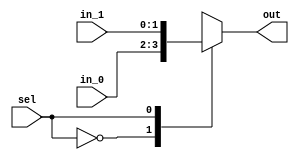
/*
 * Generated by Digital. Don't modify this file!
 * Any changes will be lost if this file is regenerated.
 */

module Mux_2x1_NBits #(
    parameter Bits = 2
)
(
    input [0:0] sel,
    input [(Bits - 1):0] in_0,
    input [(Bits - 1):0] in_1,
    output reg [(Bits - 1):0] out
);
    always @ (*) begin
        case (sel)
            1'h0: out = in_0;
            1'h1: out = in_1;
            default:
                out = 'h0;
        endcase
    end
endmodule


module DIG_Register_BUS #(
    parameter Bits = 1
)
(
    input C,
    input en,
    input [(Bits - 1):0]D,
    output [(Bits - 1):0]Q
);

    reg [(Bits - 1):0] state = 'h0;

    assign Q = state;

    always @ (posedge C) begin
        if (en)
            state <= D;
   end
endmodule
module DIG_Add
#(
    parameter Bits = 1
)
(
    input [(Bits-1):0] a,
    input [(Bits-1):0] b,
    input c_i,
    output [(Bits - 1):0] s,
    output c_o
);
   wire [Bits:0] temp;

   assign temp = a + b + c_i;
   assign s = temp [(Bits-1):0];
   assign c_o = temp[Bits];
endmodule


module pcdecoder(
    input [31:0] vpc,
    output reg[9:0] ppc,
    output reg invpc
);

parameter [31:0] startp=32'h400000 ;
parameter [31:0] endp=32'h401000 ;

always @(*)
begin
    if(vpc>=startp 
    & vpc<endp)begin
            ppc = vpc - startp;
	    invpc = 1'b0;
    end else begin
        invpc = 1'b1;
        ppc = 7'dx;
    end
end
endmodule
module shift(
	input [9:0] in,
	output [9:0] out
);

assign out = in >> 2;

endmodule
module DIG_ROM_1024X32 (
    input [9:0] A,
    input sel,
    output reg [31:0] D
);
    reg [31:0] my_rom [0:6];

    always @ (*) begin
        if (~sel)
            D = 32'hz;
        else if (A > 10'h6)
            D = 32'h0;
        else
            D = my_rom[A];
    end

    initial begin
        my_rom[0] = 32'h3c101001;
        my_rom[1] = 32'h26100000;
        my_rom[2] = 32'h3408aabb;
        my_rom[3] = 32'h3409ccdd;
        my_rom[4] = 32'ha6080000;
        my_rom[5] = 32'ha6090002;
        my_rom[6] = 32'h8100006;
    end
endmodule